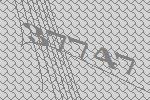
37747